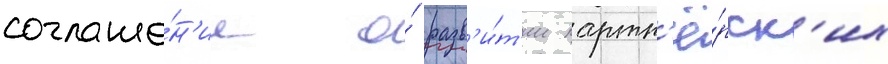
соглаше́н'ие о́ разв'и́т'ии партн'ё́рск'их